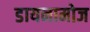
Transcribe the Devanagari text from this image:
डायनामोज